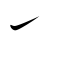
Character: ㇀